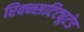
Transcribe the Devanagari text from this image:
रिक्न्सटिट्यूटेड